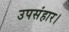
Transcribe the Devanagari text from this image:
उपसंहार।